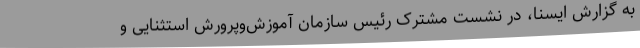
به گزارش ایسنا، در نشست مشترک رئیس سازمان آموزش‌وپرورش استثنایی و